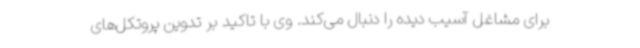
برای مشاغل آسیب دیده را دنبال می‌کند. وی با تاکید بر تدوین پروتکل‌های